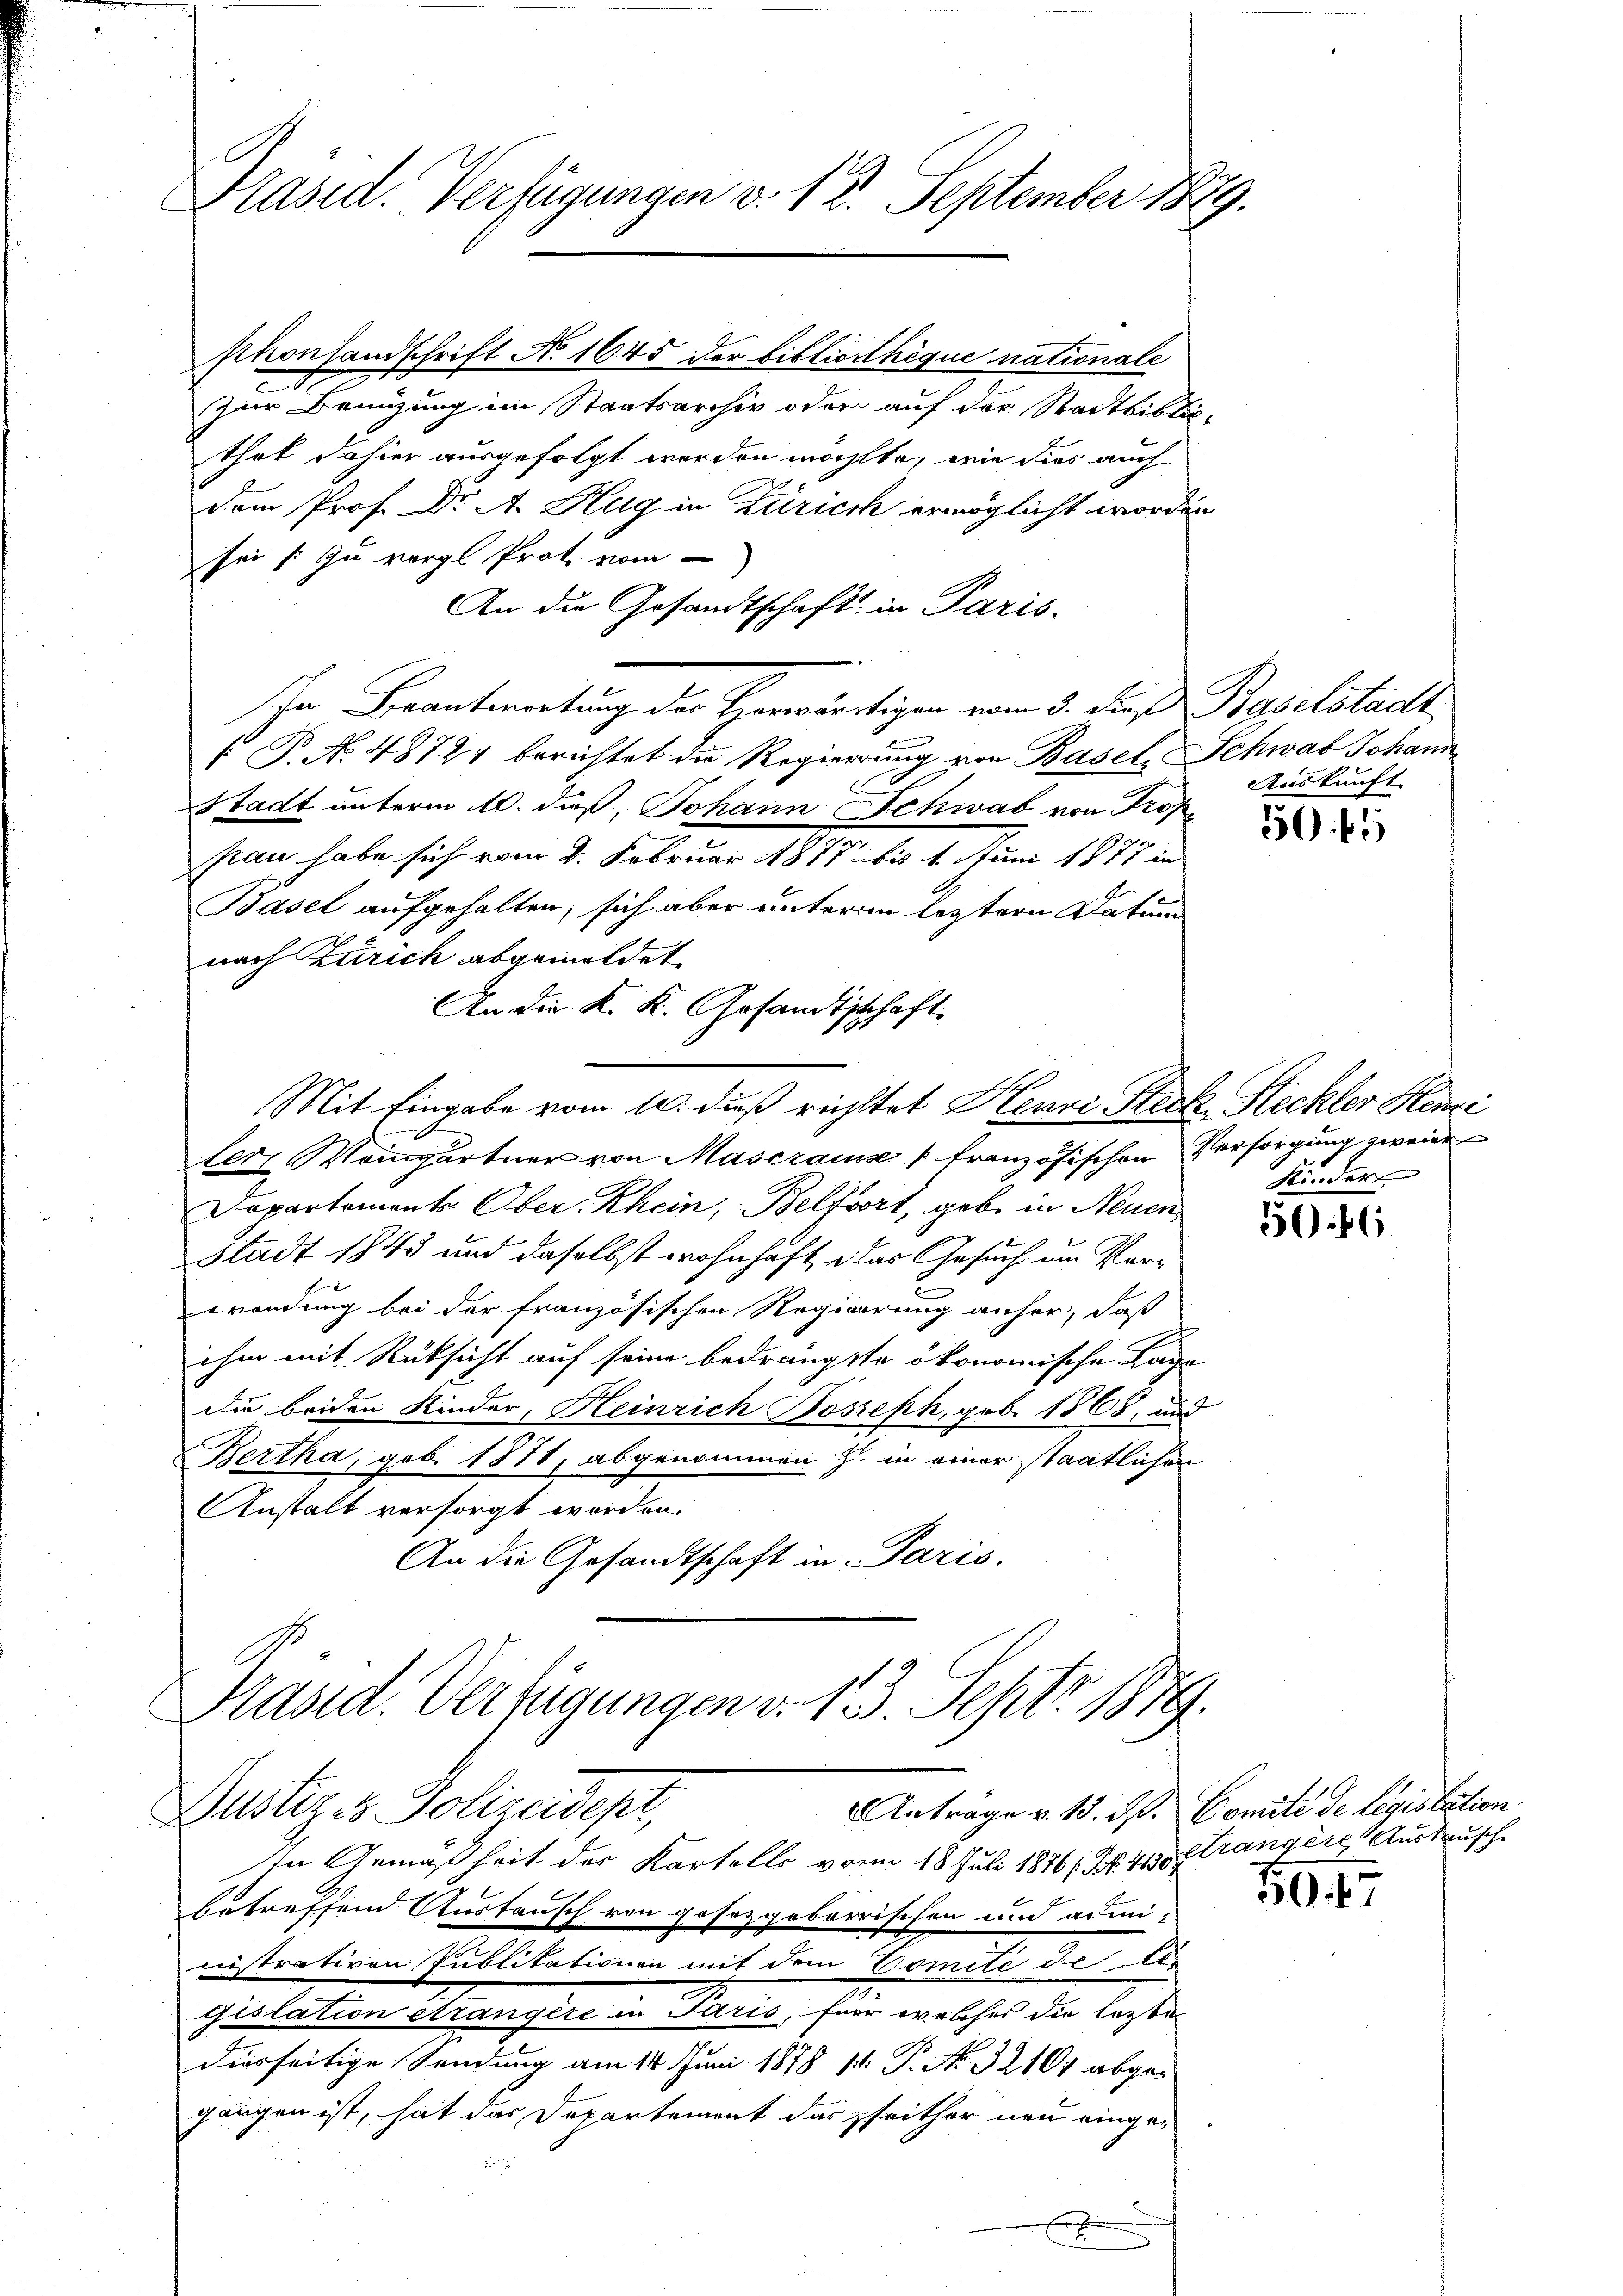
Präsid. Verfügungen v. 12. September 1889.

sthonsandschrift No 1645 der Bibliothèque nationale
Zur Benützung im Staatsarchiv oder auf der Stadtbiblio-
that dahier ausgefolgt werden möchte, wie dies auch
dem Prof. Dr A. Hug in Zürich ermöglicht worden
sei zu vergl. Prot. vom
An die Gesandtschaft in Paris-
f
1
 T. No. 48727 berichtet die Regierung von Basel, Schwab Johann
E
Stadt unterm 10. daß Johann Schwab von Profpan habe sich vom 4. Februar 1877 bis 1. Juni 1877 in
Basel aufgehalten, sich aber unterm leztern Datum
nach Zürich abgemeldet
An die K. K. Gesandtschaft.
Mit Eingabe vom 10. duß richttet Henri Steck Steckter Hemi
ler, Weingärtner von Maserause französischen Versorgung zweier
Dapartements Ober Rhein, Belfort gebe in Neuen
Stadt 1843 und daselbst wohnhaft, das Gesuch im Ver¬
Brendung bei der französischen Regierung anher, daß
ihm mit Rücksicht auf seine bedrängte ökonomische Lage
die beiden Kinder, Heinrich Bosseph, geb. 1868, und
Bertha, geb. 1871, abgenommen z. in einer staatlichen
Anstalt versorgt worden.
An die Gesandtschaft in Paris.
Präsid. Verfügungen d. 13. Sept. 1879.

Anträge v. 13. ds. Comité de législation
Justiz- & Polizeidept,

In Beantwortung der Therwärtigen vom 3. daß Baselstadt,

In Gemäßheit der Kartello vom 18. Juli 1876 (S. 410 f trangere, Ausdrusch
betreffend Austausch von gesetzgebärrischen und admi-
nistrativen Publikationen mit dem Comité de l
s
gislation étrangère in Paris, für welches die lezte
dierseitige Sendung am 14. Juni 1878 11. P. No. 32164 abgegangen ist, hat das Departement das zeither neu einge¬

x
s

Auskunft

50f

Kinder

506

5947